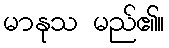
မာနုသ မည်၏။